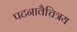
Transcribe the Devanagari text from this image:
पटनावैचित्रय